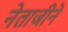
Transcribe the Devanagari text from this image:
नेताजीने